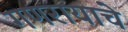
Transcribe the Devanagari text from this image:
गणरायाचे